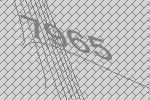
7965